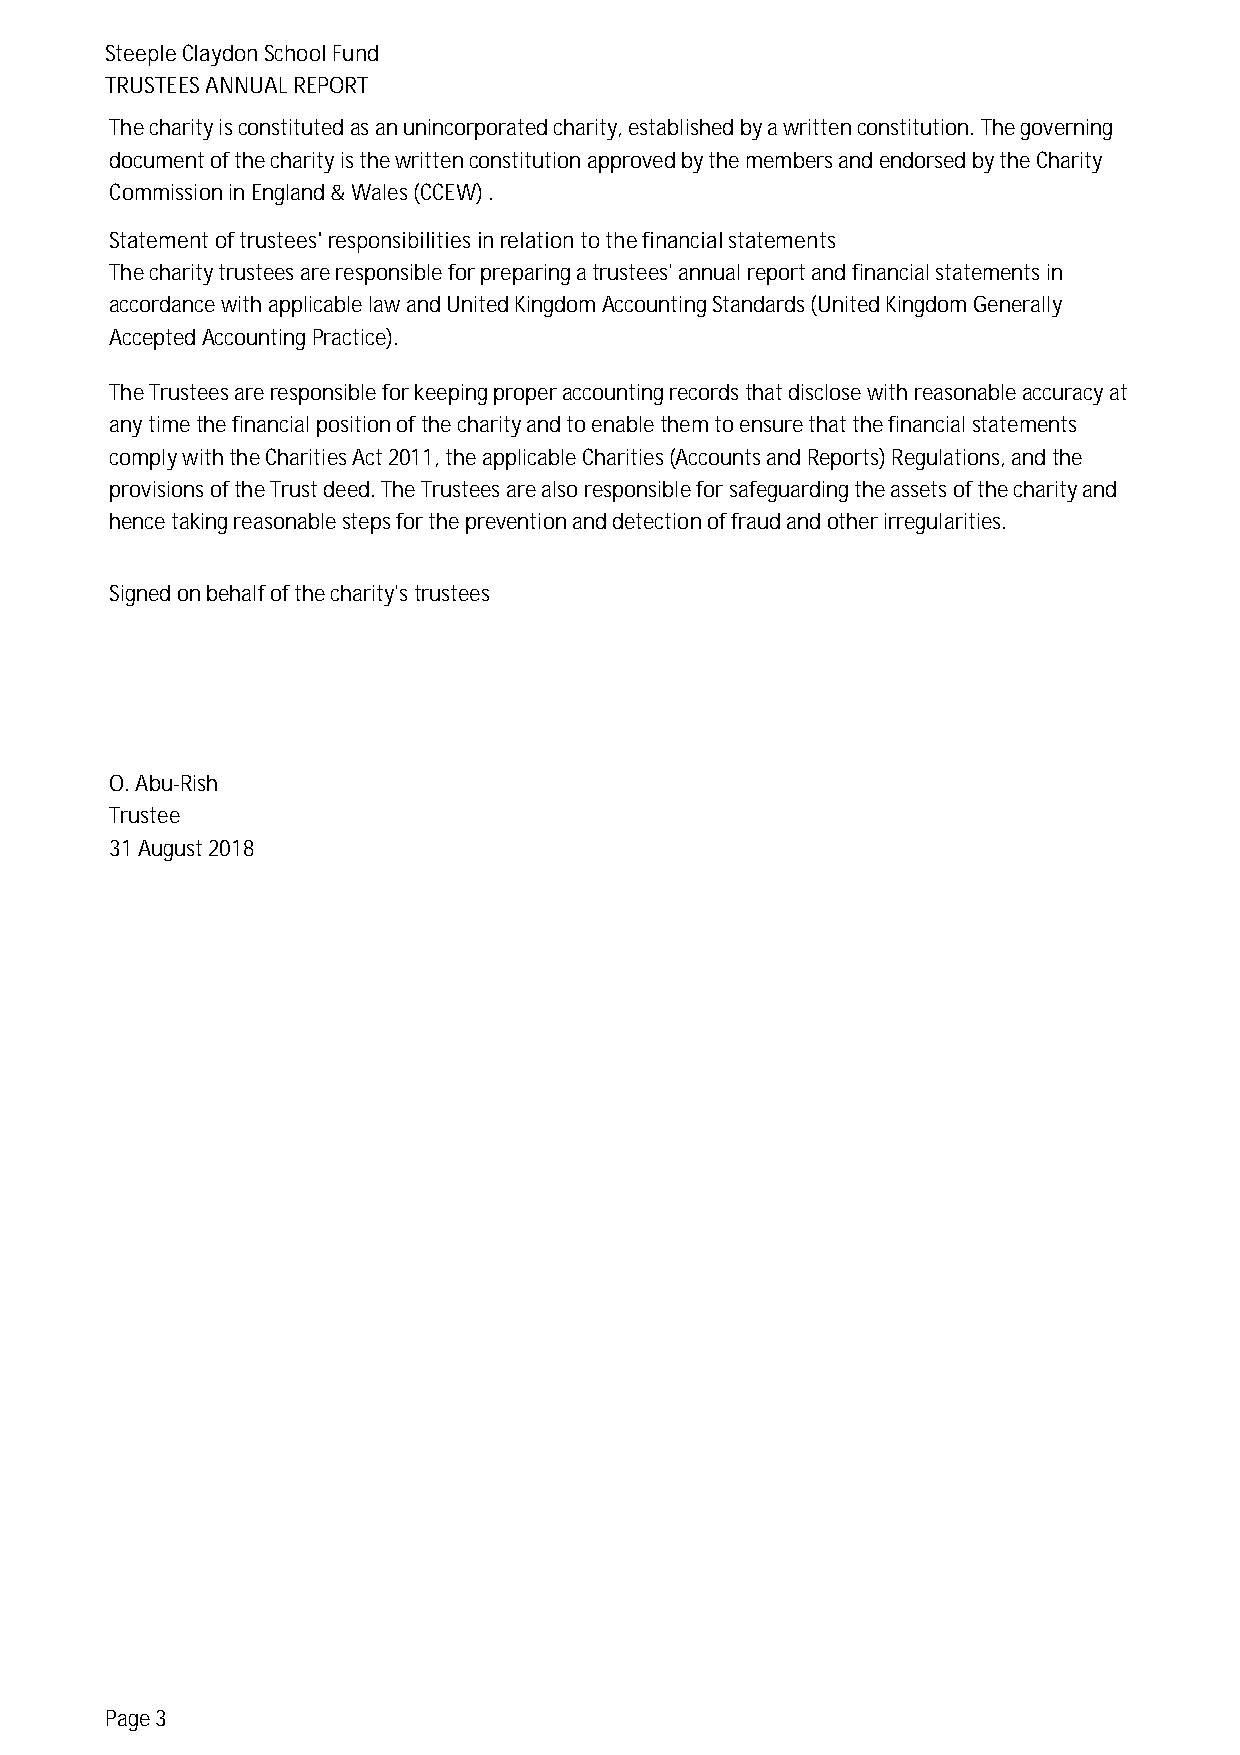
SteepleClaydonSchoolFund
 TRUSTEESANNUALREPORT
 Thecharityisconstitutedasanunincorporatedcharity,establishedbyawrittenconstitution.Thegoverning
 documentofthecharityisthewrittenconstitutionapprovedbythemembersandendorsedbytheCharity
 CommissioninEngland&Wales(CCEW).
 Statementoftrustees'responsibilitiesinrelationtothefinancialstatements
 Thecharitytrusteesareresponsibleforpreparingatrustees'annualreportandfinancialstatementsin
 accordancewithapplicablelawandUnitedKingdomAccountingStandards(UnitedKingdomGenerally
 AcceptedAccountingPractice).
 TheTrusteesareresponsibleforkeepingproperaccountingrecordsthatdisclosewithreasonableaccuracyat
 anytimethefinancialpositionofthecharityandtoenablethemtoensurethatthefinancialstatements
 complywiththeCharitiesAct2011,theapplicableCharities(AccountsandReports)Regulations,andthe
 provisionsoftheTrustdeed.TheTrusteesarealsoresponsibleforsafeguardingtheassetsofthecharityand
 hencetakingreasonablestepsforthepreventionanddetectionoffraudandotherirregularities.
 Signedonbehalfofthecharity'strustees
 O.Abu-Rish
 Trustee
 31August2018
 Page3